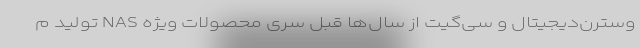
وسترن‌دیجیتال و سی‌گیت از سال‌ها قبل سری محصولات ویژه NAS تولید م